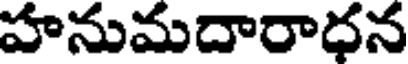
హనుమదారాధన